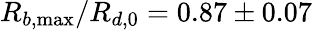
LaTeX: R_{b,\operatorname*{max}}/R_{d,0}=0.87\pm 0.07